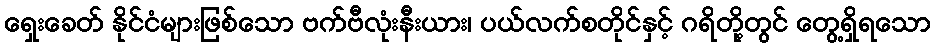
ရှေးခေတ် နိုင်ငံများဖြစ်သော ဗက်ဗီလုံးနီးယား၊ ပယ်လက်စတိုင်နှင့် ဂရိတို့တွင် တွေ့ရှိရသော